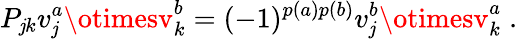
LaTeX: P_{\mathit{j}k}v_{\mathit{j}}^{a}\otimesv_{k}^{b}=(-1)^{p(a)p(b)}v_{\mathit{j}}^{b}\otimesv_{k}^{a}\; .